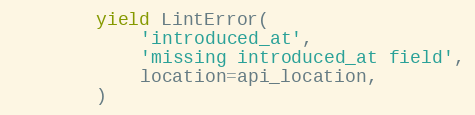
Language: Python
        yield LintError(
            'introduced_at',
            'missing introduced_at field',
            location=api_location,
        )